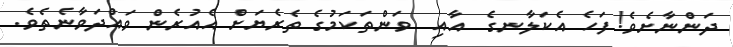
ދަންނާށެވެ! ފަހެ އެކަލާނގެ  އާއި  ވަންތަކަމުގެ ތެރެޔަށް އެއުރެން ވައްދަވާނެތެވެ.